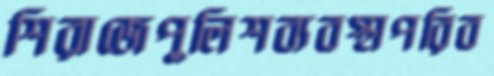
শিরাজেপুলিশব্যবস্থাপরিব